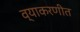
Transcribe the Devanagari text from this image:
व्याकरणीत